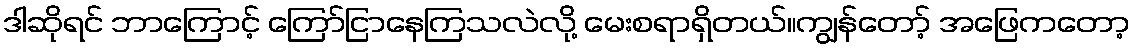
ဒါဆိုရင် ဘာကြောင့် ကြော်ငြာနေကြသလဲလို့ မေးစရာရှိတယ်။ကျွန်တော့် အဖြေကတော့